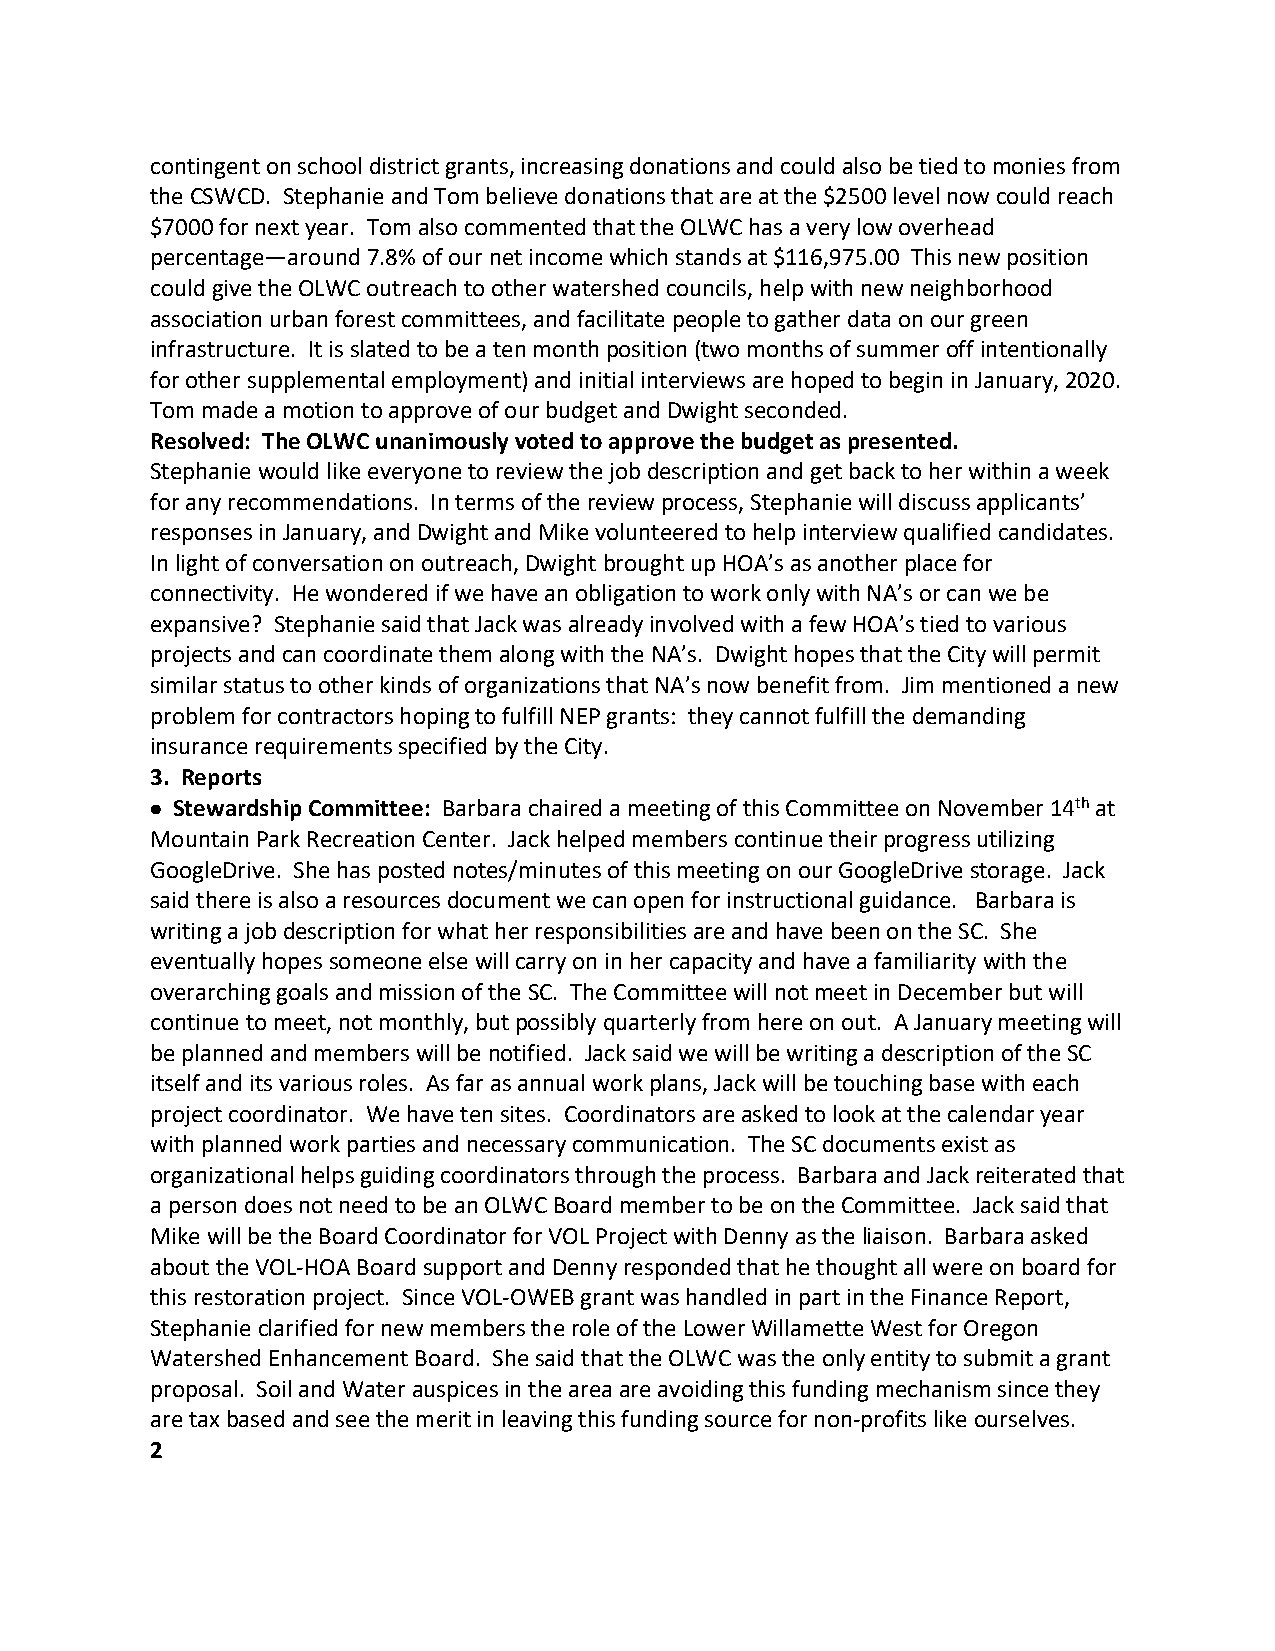
contingent on school district grants, increasing donations and could also be tied to monies from
 the CSWCD. Stephanie and Tom believe donations that are at the $2500 level now could reach
 $7000 for next year. Tom also commented that the OLWC has a very low overhead
 percentage—around 7.8% of our net income which stands at $116,975.00 This new position
 could give the OLWC outreach to other watershed councils, help with new neighborhood
 association urban forest committees, and facilitate people to gather data on our green
 infrastructure. It is slated to be a ten month position (two months of summer off intentionally
 for other supplemental employment) and initial interviews are hoped to begin in January, 2020.
 Tom made a motion to approve of our budget and Dwight seconded.
 Resolved: The OLWC unanimously voted to approve the budget as presented.
 Stephanie would like everyone to review the job description and get back to her within a week
 for any recommendations. In terms of the review process, Stephanie will discuss applicants’
 responses in January, and Dwight and Mike volunteered to help interview qualified candidates.
 In light of conversation on outreach, Dwight brought up HOA’s as another place for
 connectivity. He wondered if we have an obligation to work only with NA’s or can we be
 expansive? Stephanie said that Jack was already involved with a few HOA’s tied to various
 projects and can coordinate them along with the NA’s. Dwight hopes that the City will permit
 similar status to other kinds of organizations that NA’s now benefit from. Jim mentioned a new
 problem for contractors hoping to fulfill NEP grants: they cannot fulfill the demanding
 insurance requirements specified by the City.
 3. Reports
  Stewardship Committee: Barbara chaired a meeting of this Committee on November 14th at
 Mountain Park Recreation Center. Jack helped members continue their progress utilizing
 GoogleDrive. She has posted notes/minutes of this meeting on our GoogleDrive storage. Jack
 said there is also a resources document we can open for instructional guidance. Barbara is
 writing a job description for what her responsibilities are and have been on the SC. She
 eventually hopes someone else will carry on in her capacity and have a familiarity with the
 overarching goals and mission of the SC. The Committee will not meet in December but will
 continue to meet, not monthly, but possibly quarterly from here on out. A January meeting will
 be planned and members will be notified. Jack said we will be writing a description of the SC
 itself and its various roles. As far as annual work plans, Jack will be touching base with each
 project coordinator. We have ten sites. Coordinators are asked to look at the calendar year
 with planned work parties and necessary communication. The SC documents exist as
 organizational helps guiding coordinators through the process. Barbara and Jack reiterated that
 a person does not need to be an OLWC Board member to be on the Committee. Jack said that
 Mike will be the Board Coordinator for VOL Project with Denny as the liaison. Barbara asked
 about the VOL‐HOA Board support and Denny responded that he thought all were on board for
 this restoration project. Since VOL‐OWEB grant was handled in part in the Finance Report,
 Stephanie clarified for new members the role of the Lower Willamette West for Oregon
 Watershed Enhancement Board. She said that the OLWC was the only entity to submit a grant
 proposal. Soil and Water auspices in the area are avoiding this funding mechanism since they
 are tax based and see the merit in leaving this funding source for non‐profits like ourselves.
 2